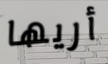
أريها